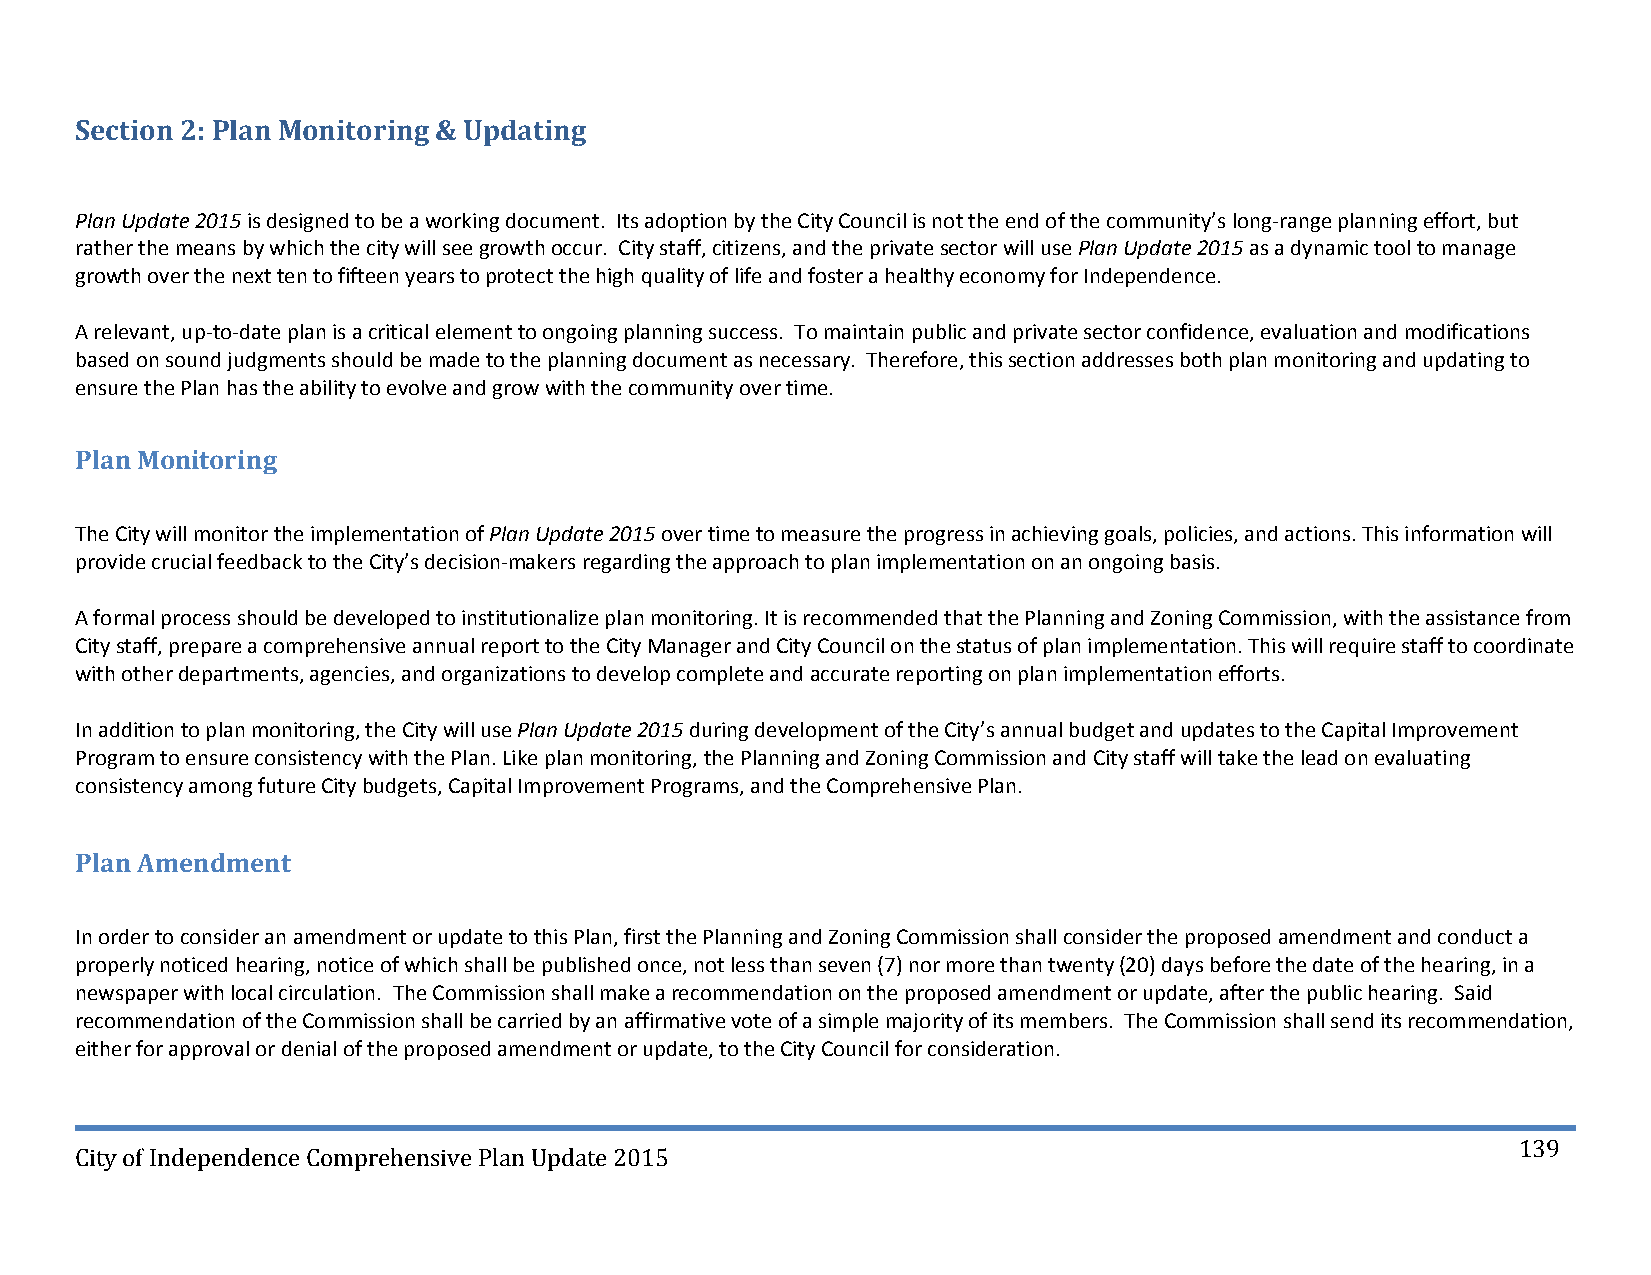
Section 2: Plan Monitoring & Updating
 Plan Update 2015 is designed to be a working document. Its adoption by the City Council is not the end of the community’s long‐range planning effort, but
 rather the means by which the city will see growth occur. City staff, citizens, and the private sector will use Plan Update 2015 as a dynamic tool to manage
 growth over the next ten to fifteen years to protect the high quality of life and foster a healthy economy for Independence.
 A relevant, up‐to‐date plan is a critical element to ongoing planning success. To maintain public and private sector confidence, evaluation and modifications
 based on sound judgments should be made to the planning document as necessary. Therefore, this section addresses both plan monitoring and updating to
 ensure the Plan has the ability to evolve and grow with the community over time.
 Plan Monitoring
 The City will monitor the implementation of Plan Update 2015 over time to measure the progress in achieving goals, policies, and actions. This information will
 provide crucial feedback to the City’s decision‐makers regarding the approach to plan implementation on an ongoing basis.
 A formal process should be developed to institutionalize plan monitoring. It is recommended that the Planning and Zoning Commission, with the assistance from
 City staff, prepare a comprehensive annual report to the City Manager and City Council on the status of plan implementation. This will require staff to coordinate
 with other departments, agencies, and organizations to develop complete and accurate reporting on plan implementation efforts.
 In addition to plan monitoring, the City will use Plan Update 2015 during development of the City’s annual budget and updates to the Capital Improvement
 Program to ensure consistency with the Plan. Like plan monitoring, the Planning and Zoning Commission and City staff will take the lead on evaluating
 consistency among future City budgets, Capital Improvement Programs, and the Comprehensive Plan.
 Plan Amendment
 In order to consider an amendment or update to this Plan, first the Planning and Zoning Commission shall consider the proposed amendment and conduct a
 properly noticed hearing, notice of which shall be published once, not less than seven (7) nor more than twenty (20) days before the date of the hearing, in a
 newspaper with local circulation. The Commission shall make a recommendation on the proposed amendment or update, after the public hearing. Said
 recommendation of the Commission shall be carried by an affirmative vote of a simple majority of its members. The Commission shall send its recommendation,
 either for approval or denial of the proposed amendment or update, to the City Council for consideration.
 139
 City of Independence Comprehensive Plan Update 2015